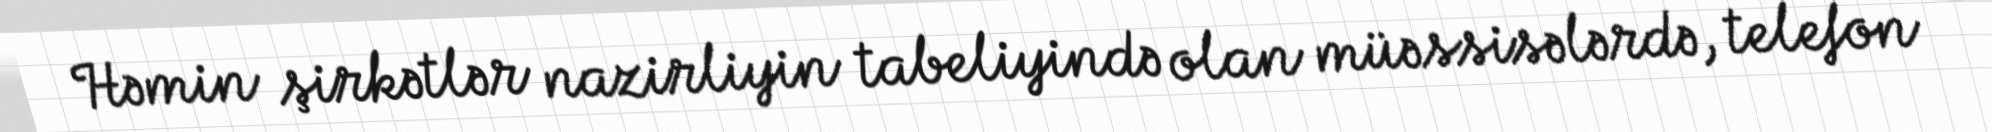
Həmin şirkətlər nazirliyin tabeliyində olan müəssisələrdə, telefon